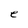
Character: e